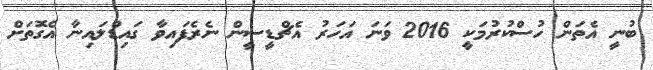
ބުނީ އެތަން ހުސްކުރުމަކީ 2016 ވަނަ އަހަރު އެޗްޑީސީން ނެރެފައިވާ ގައިޑްލައިނާ އެގޮތަށް